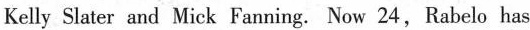
Kelly Slater and Mick Fanning. Now 24,Rabelo has